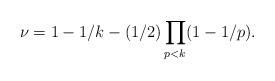
LaTeX: \begin{align*}\nu=1-1/k-(1/2)\prod_{p<k}(1-1/p).\end{align*}